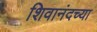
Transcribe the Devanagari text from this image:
शिवानंदच्या